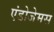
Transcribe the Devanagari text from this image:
एंडोजेमस